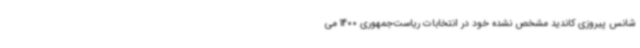
شانس پیروزی کاندید مشخص نشده خود در انتخابات ریاست‌جمهوری 1400 می